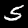
Digit: 5